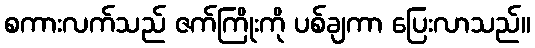
စကားလက်သည် ဇက်ကြိုးကို ပစ်ချကာ ပြေးလာသည်။